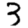
Digit: 3